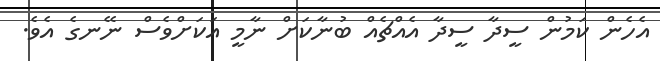
އެހެން ކަމުން ސީދާ ސީދާ އެއްޗެއް ބުނާކަށް ނާމީ އަކަށްވެސް ނޭނގެ އެވެ.